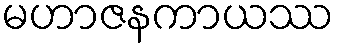
မဟာဇနကာယဿ